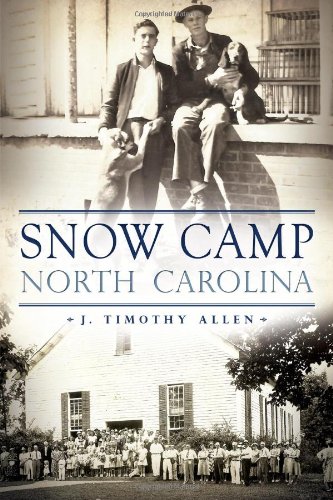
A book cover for Snow Camp, North Carolina (Brief History); J. Timothy Allen; Christian Books & Bibles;